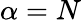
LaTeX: \alpha=N